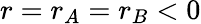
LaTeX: r=r_{A}=r_{B}<0